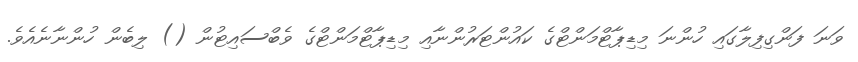
ވަނަ ފަންގިފިލާގައި ހުންނަ މިޑިޕާޓްމަންޓްގެ ކައުންޓަރުންނާއި މިޑިޕާޓްމަންޓްގެ ވެބްސައިޓުން () ލިބެން ހުންނާނެއެވެ.